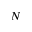
N